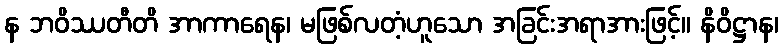
န ဘဝိဿတီတိ အာကာရေန၊ မဖြစ်လတံ့ဟူသော အခြင်းအရာအားဖြင့်။ နိဝိဋ္ဌာန၊